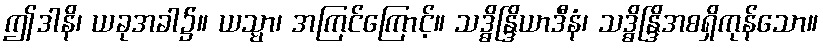
ဤဒါနိ၊ ယခုအခါ၌။ ယသ္မာ၊ အကြင်ကြောင့်။ သဒ္ဓိန္ဒြိယာဒီနံ၊ သဒ္ဓိန္ဒြိအစရှိကုန်သော။